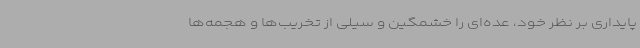
پایداری بر نظر خود، عده‌ای را خشمگین و سیلی از تخریب‌ها و هجمه‌ها